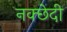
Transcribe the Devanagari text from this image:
नक्छेदी